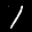
Digit: 7